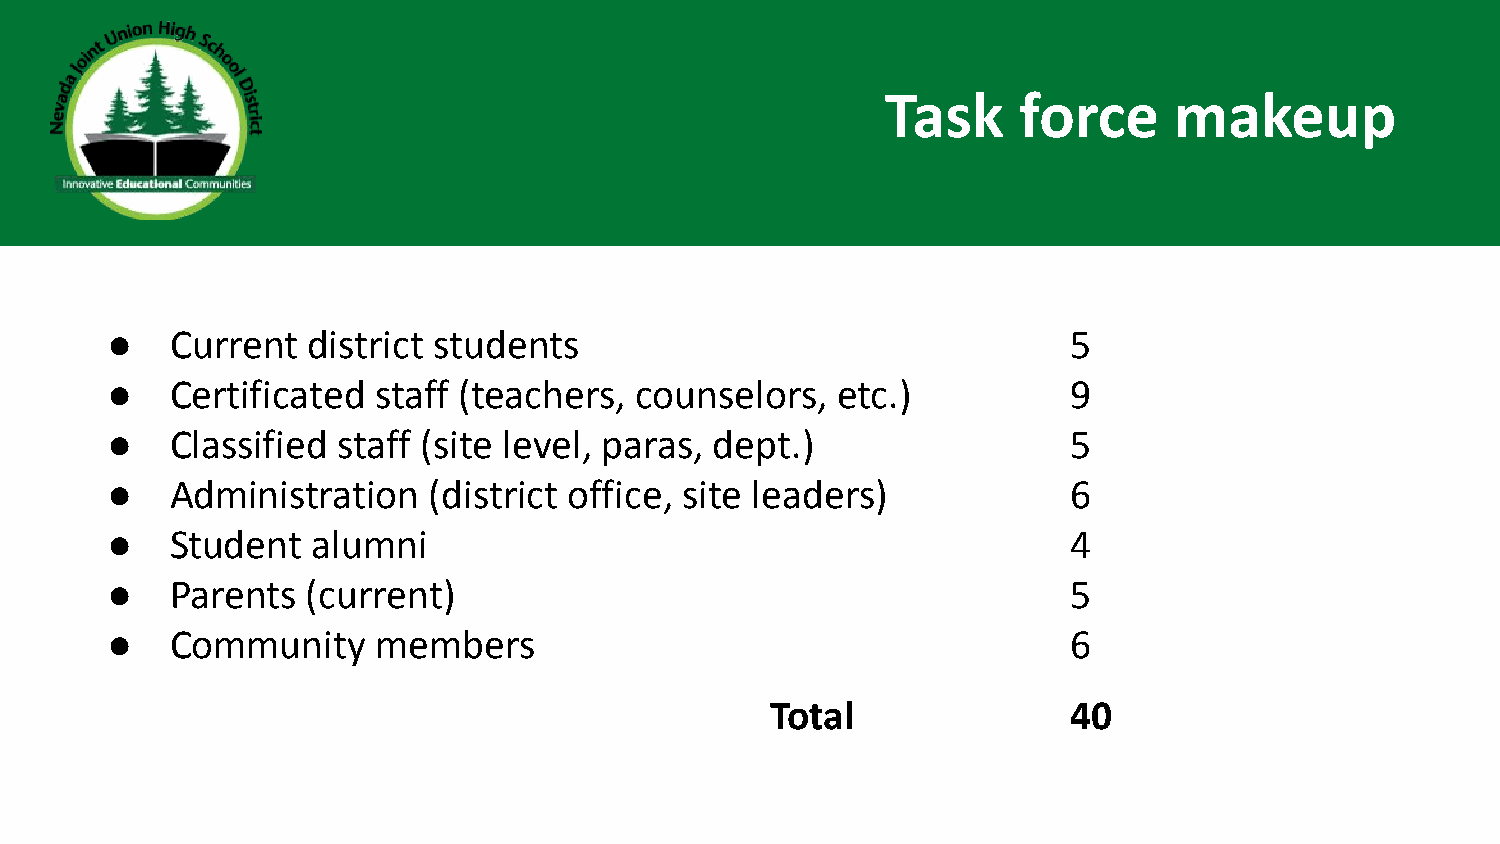
Task    force      makeup
 ●   Current  district students                                  5
 ●   Certificated  staff (teachers, counselors,  etc.)           9
 ●   Classified staff (site level, paras, dept.)                 5
 ●   Administration   (district office, site leaders)            6
 ●   Student   alumni                                            4
 ●   Parents  (current)                                          5
 ●   Community     members                                       6
 Total               40